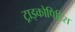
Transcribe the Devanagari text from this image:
ट्राइकोपिटिस